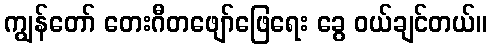
ကျွန်တော် တေးဂီတဖျော်ဖြေရေး ခွေ ဝယ်ချင်တယ်။